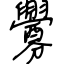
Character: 釁